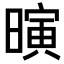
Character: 𪱄